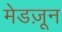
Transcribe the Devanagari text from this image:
मेडज़ून